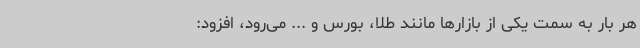
هر بار به سمت یکی از بازارها مانند طلا، بورس و ... می‌رود، افزود: